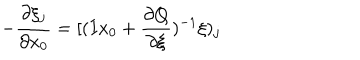
- \frac { \partial \xi _ { j } } { \partial x _ { 0 } } = [ ( I x _ { 0 } + \frac { \partial Q } { \partial \xi } ) ^ { - 1 } \xi ) _ { j }